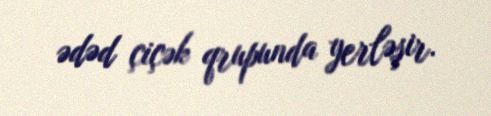
ədəd çiçək qrupunda yerləşir.